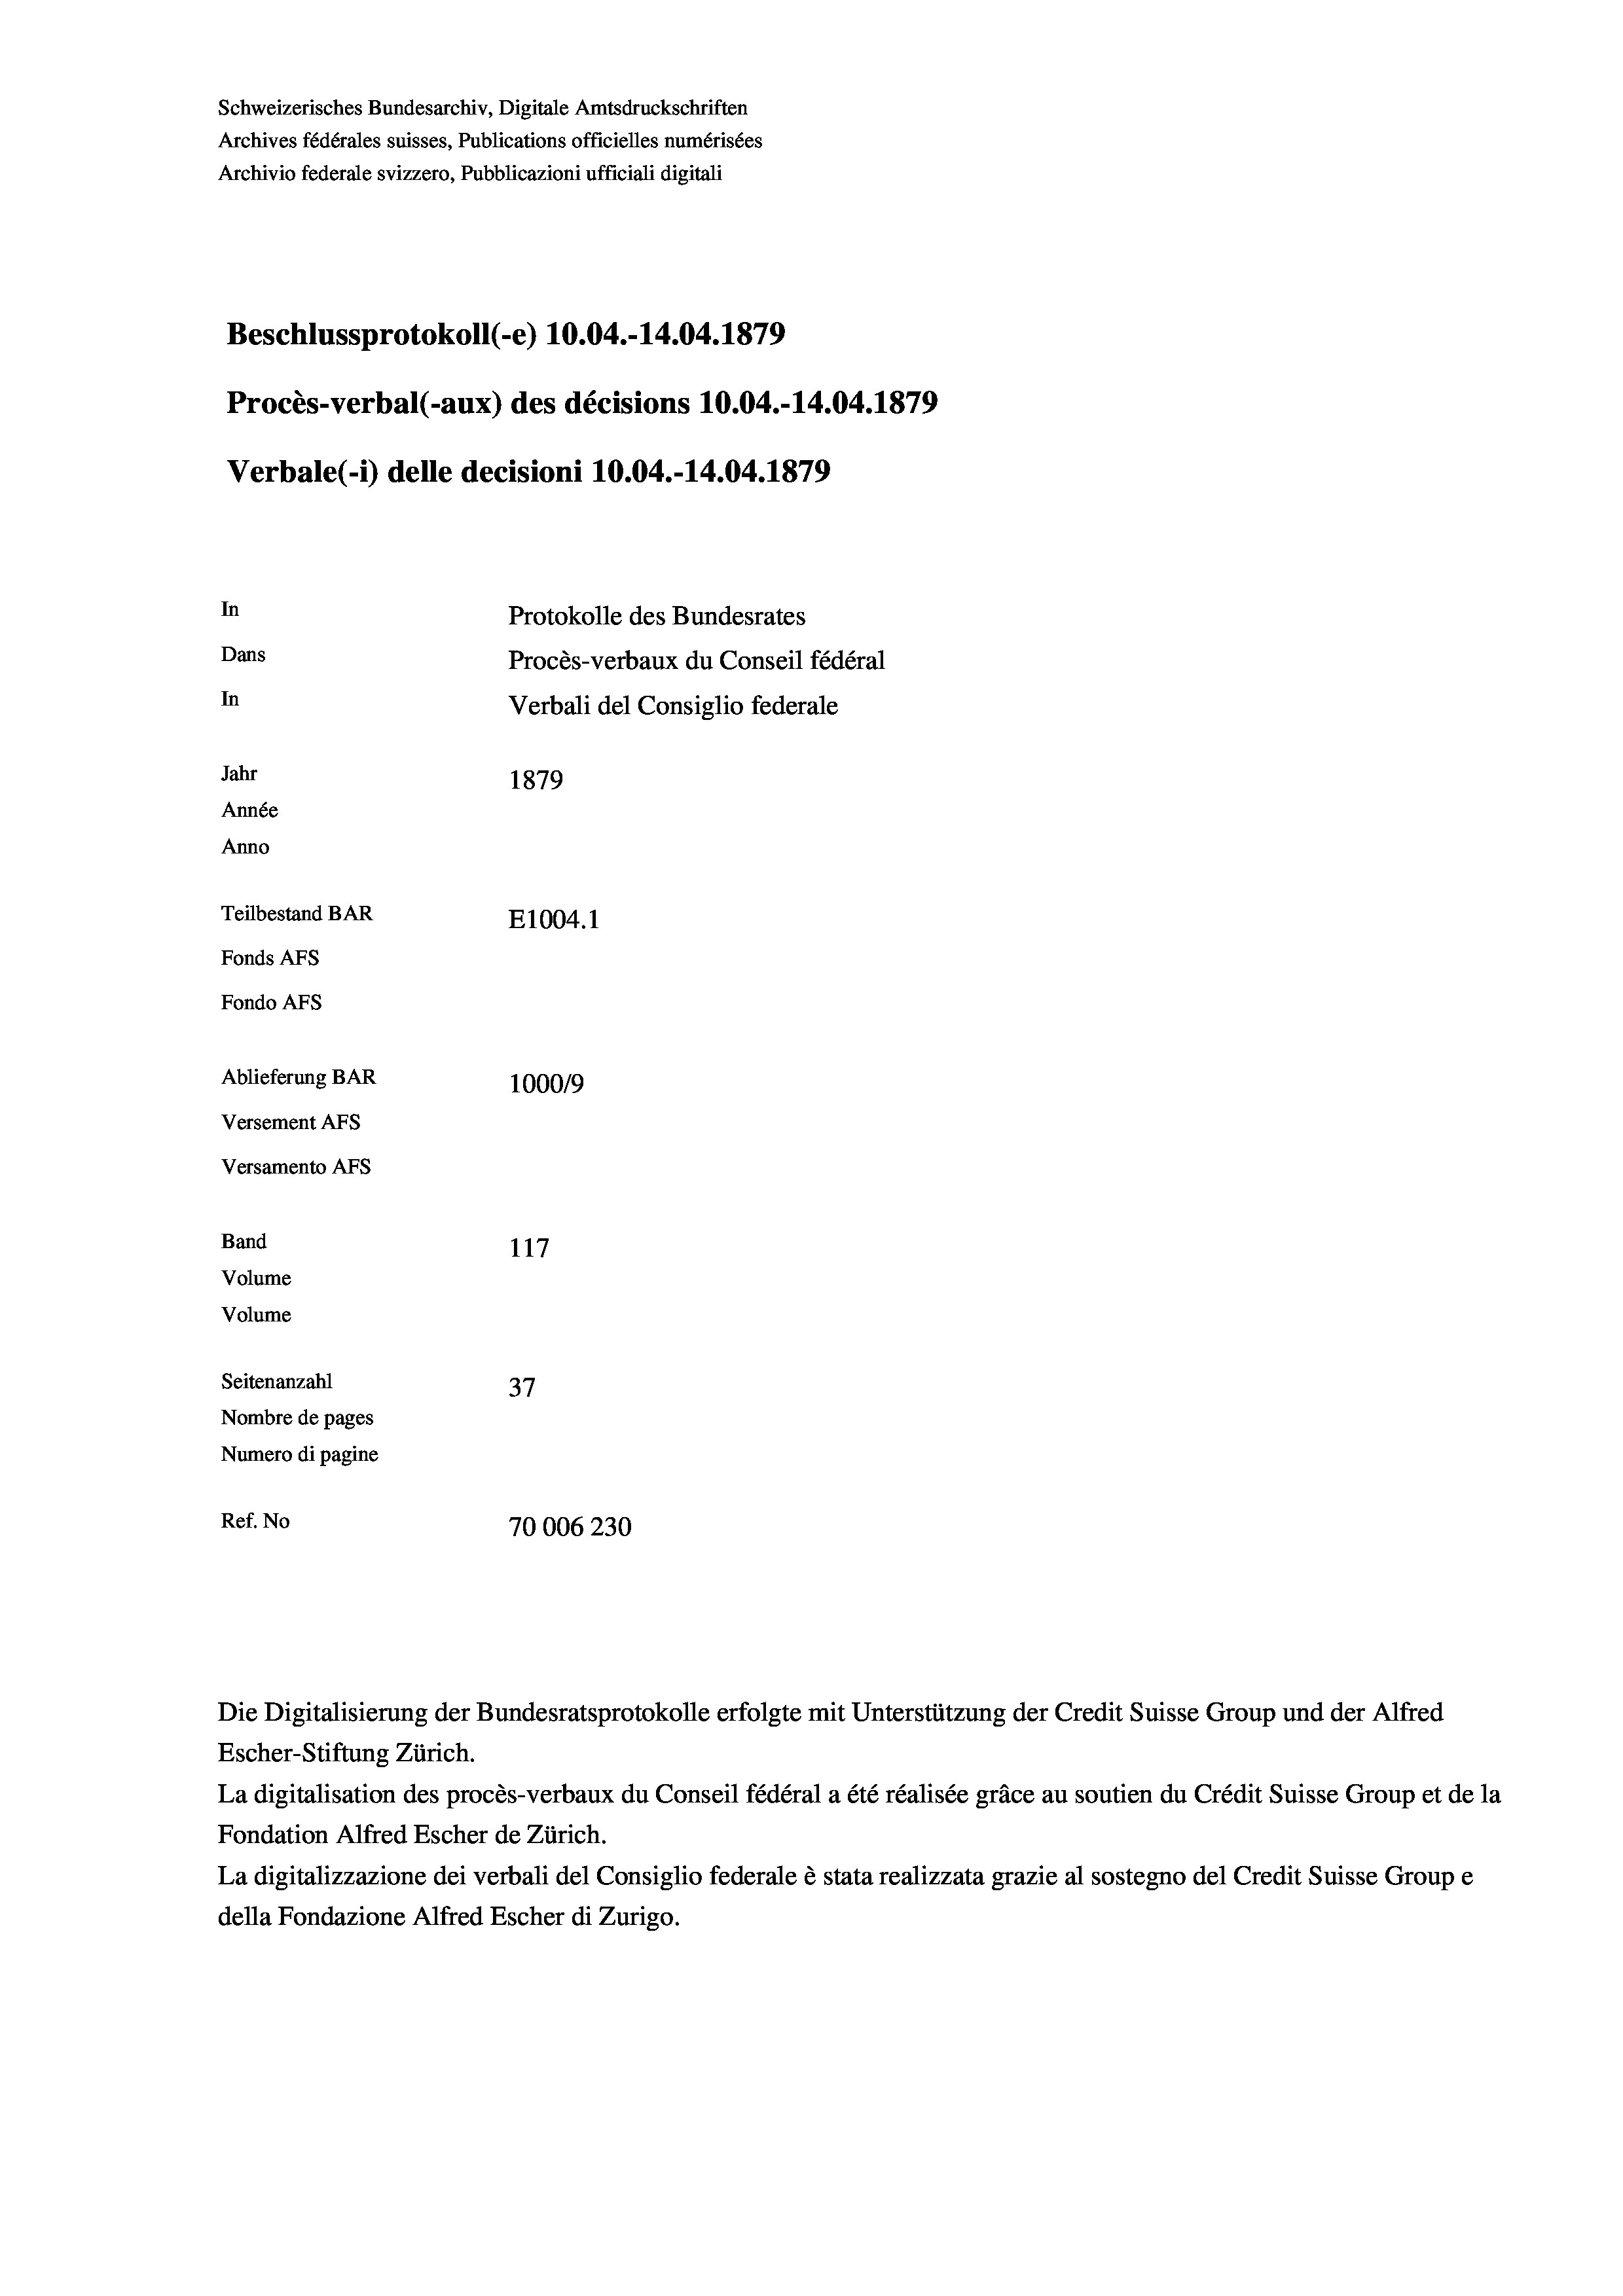
Schweizerisches Bundesarchiv, Digitale Amtsdruckschriften
Archives fédérales suisses, Publications officielles numérisées
Archivio federale svizzero, Pubblicazioni ufficiali digitali
Beschlussprotokoll (-e) 10.04.-14.04. 1879
Procès-verbal (-aux) des décisions 10.04.-14.04. 1879
Verbale (i) delle decisioni 10.04.-14.04. 1879
In
Protokolle des Bundesrates
Dans
Procès-verbaux du Conseil fédéral
In
Verbali del Consiglio federale
Jahr
1879
Année
Anno
Teilbestand BAR
E1004.1
Fonds AFs
Fondo AFS
Ablieferung BAR
100019
Versement AFs
Versamento Afs
Band
117
Volume
Volume
Seitenanzahl

37
Nombre de pages
Numero di pagine
Ref. No
70006230

La digitalisation des procès-verbaux du Conseil fédéral a été réalisée gräce au soutien du Crédit Suisse Group et de la
Fondation Alfred Escher de Zürich.
La digitalizzazione dei verbali del Consiglio federale è stata realizzata grazie al sostegno del Credit Suisse Groupe
della Fondazione Alfred Escher di Zurigo.

Die Digitalisierung der Bundesratsprotokolle erfolgte mit Unterstützung der Credit Suisse Group und der Alfred
Escher-Stiftung Zürich.